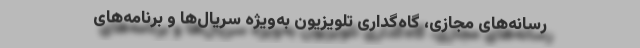
رسانه‌های مجازی، گاه‌گُداری تلویزیون به‌ویژه سریال‌ها و برنامه‌های